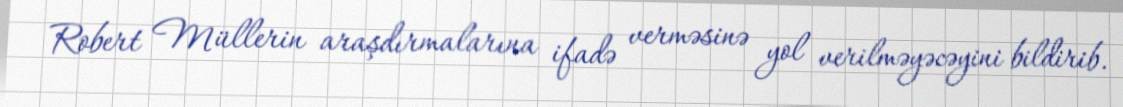
Robert Müllerin araşdırmalarına ifadə verməsinə yol verilməyəcəyini bildirib.